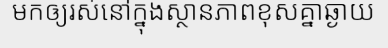
មកឲ្យរស់នៅក្នុងស្ថានភាពខុសគ្នាឆ្ងាយ